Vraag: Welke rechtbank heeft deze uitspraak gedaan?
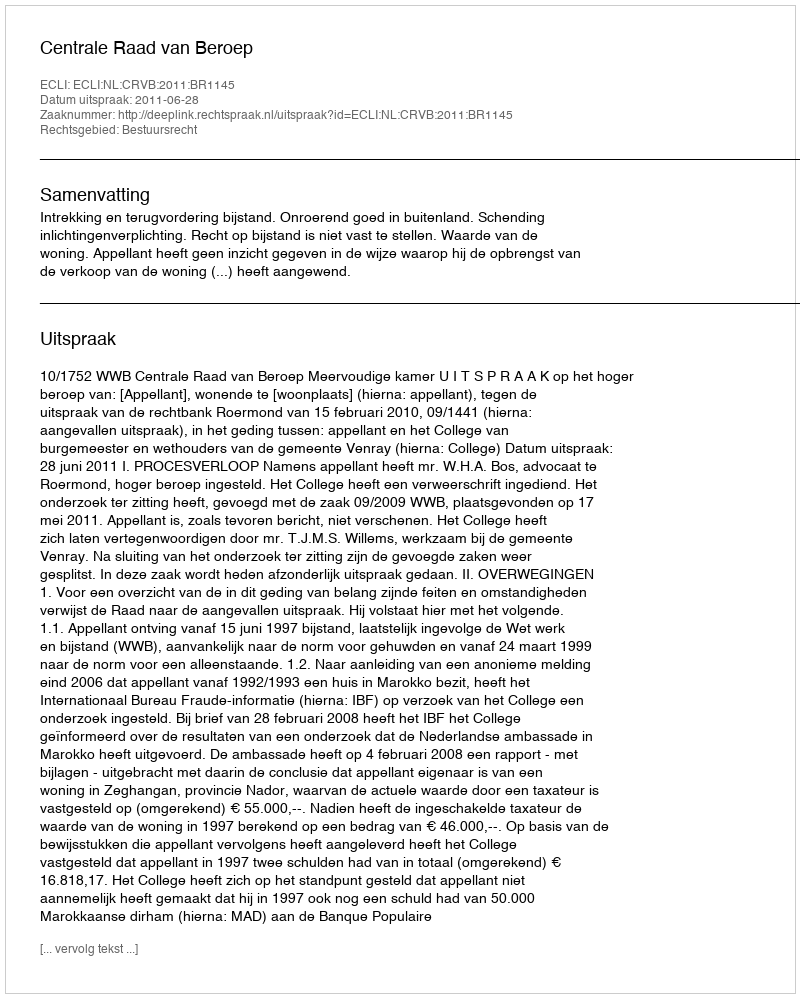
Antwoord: Centrale Raad van Beroep